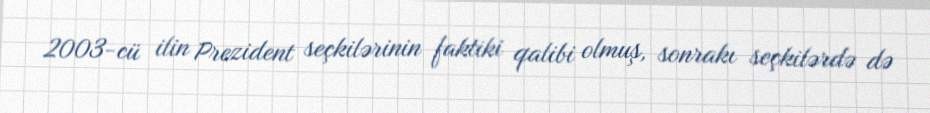
2003-cü ilin Prezident seçkilərinin faktiki qalibi olmuş, sonrakı seçkilərdə də